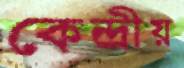
কেন্দ্রীয়